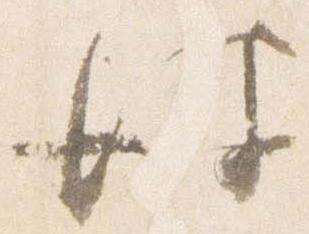
彼